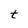
Character: t